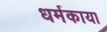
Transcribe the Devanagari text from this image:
धर्मकाया